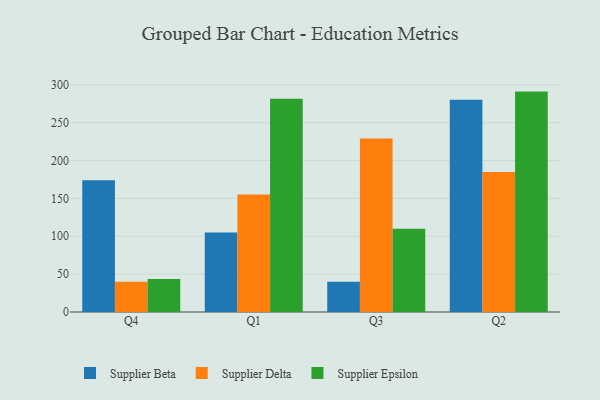
{"axis": {"x": "Quarter", "y": "Conversion Rate (%)"}, "legend": ["Supplier Beta", "Supplier Delta", "Supplier Epsilon"], "data": [{"x": "Q4", "y": 174.0, "type": "Supplier Beta"}, {"x": "Q4", "y": 40.1, "type": "Supplier Delta"}, {"x": "Q4", "y": 43.6, "type": "Supplier Epsilon"}, {"x": "Q1", "y": 105.1, "type": "Supplier Beta"}, {"x": "Q1", "y": 155.2, "type": "Supplier Delta"}, {"x": "Q1", "y": 281.7, "type": "Supplier Epsilon"}, {"x": "Q3", "y": 39.8, "type": "Supplier Beta"}, {"x": "Q3", "y": 229.3, "type": "Supplier Delta"}, {"x": "Q3", "y": 109.9, "type": "Supplier Epsilon"}, {"x": "Q2", "y": 280.5, "type": "Supplier Beta"}, {"x": "Q2", "y": 185.0, "type": "Supplier Delta"}, {"x": "Q2", "y": 291.1, "type": "Supplier Epsilon"}]}